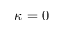
\kappa = 0